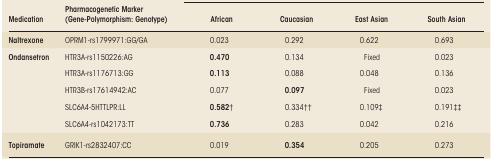
<table><thead><tr><td><b>Medication</b></td><td><b>Pharmacogenetic Marker (Gene-Polymorphism: Genotype)</b></td><td><b>African</b></td><td><b>Caucasian</b></td><td><b>East Asian</b></td><td><b>South Asian</b></td></tr></thead><tbody><tr><td><b>Naltrexone</b></td><td>OPRM1-rs1799971:GG/GA</td><td>0.023</td><td>0.292</td><td>0.622</td><td>0.693</td></tr><tr><td rowspan="5"><b>Ondansetron</b></td><td>HTR3A-rs1150226:AG</td><td><b>0.470</b></td><td>0.134</td><td>Fixed</td><td>0.023</td></tr><tr><td>HTR3A-rs1176713:GG</td><td><b>0.113</b></td><td>0.088</td><td>0.048</td><td>0.136</td></tr><tr><td>HTR3B-rs17614942:AC</td><td>0.077</td><td><b>0.097</b></td><td>Fixed</td><td>0.023</td></tr><tr><td>SLC6A4-5HTTLPR:LL</td><td><b>0.582</b>†</td><td>0.334††</td><td>0.109‡</td><td>0.191‡‡</td></tr><tr><td>SLC6A4-rs1042173:TT</td><td><b>0.736</b></td><td>0.283</td><td>0.042</td><td>0.216</td></tr><tr><td><b>Topiramate</b></td><td>GRIK1-rs2832407:CC</td><td>0.019</td><td><b>0.354</b></td><td>0.205</td><td>0.273</td></tr></tbody></table>